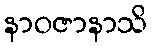
နာဝဇာနာသိ